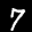
Label: 7